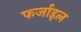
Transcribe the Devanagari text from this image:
फर्जाइल